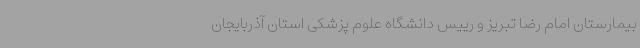
بیمارستان امام رضا تبریز و رییس دانشگاه علوم پزشکی استان آذربایجان